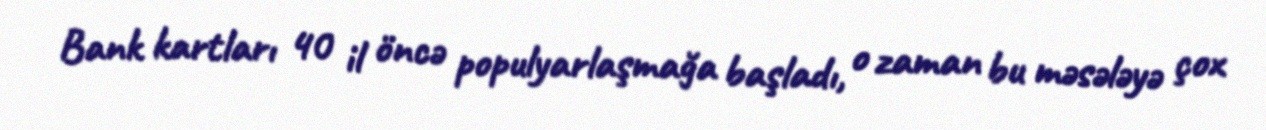
Bank kartları 40 il öncə populyarlaşmağa başladı, o zaman bu məsələyə çox